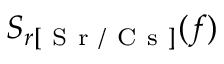
S _ { r [ \mathrm { ~ S ~ r ~ / ~ C ~ s ~ } ] } ( f )